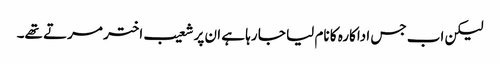
لیکن اب جس اداکارہ کا نام لیا جا رہا ہے ان پر شعیب اختر مرتے تھے۔